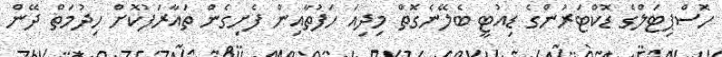
ހޮސްޕިޓަލްގެ ޑޮކްޓަރުންގެ ޑިއުޓީ ބެލޭނެގޮތް މިދިއަ ހަފުތާއިން ފެށިގެން ތައާރަފުކޮށް ހިދުމަތް ދޭން